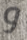
و